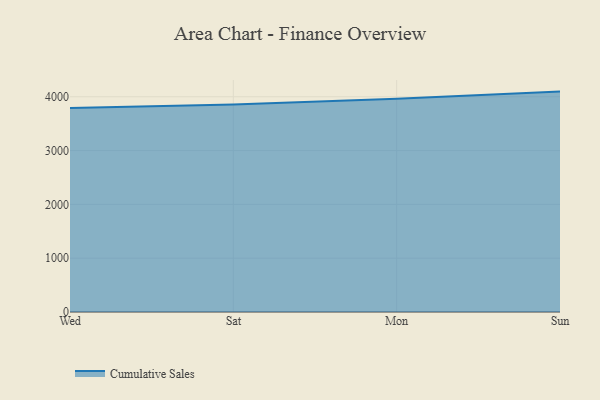
{"axis": {"x": "Day", "y": "Temperature (°C)"}, "legend": ["Cumulative Sales"], "data": [{"x": "Wed", "y": 3788.6, "type": "Cumulative Sales"}, {"x": "Sat", "y": 3853.4, "type": "Cumulative Sales"}, {"x": "Mon", "y": 3960.4, "type": "Cumulative Sales"}, {"x": "Sun", "y": 4095.2, "type": "Cumulative Sales"}]}